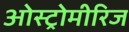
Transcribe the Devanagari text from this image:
ओस्ट्रोमीरिज